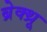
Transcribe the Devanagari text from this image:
ब्रेक्थ्रू